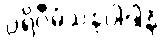
ပရိဝီမံသနုပါဒါနံ